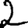
Digit: 2